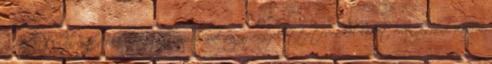
gátlástalan eszközökkel, könnyű munkával vagy összeköttetésekkel lehet érvényesülni, hanem